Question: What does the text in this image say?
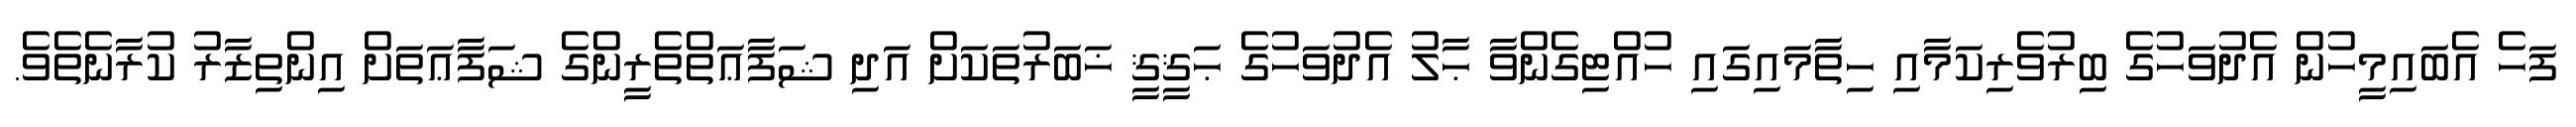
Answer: ފަހެ އެބައިމީހުން އެދުވަހުގެ ބިރުވެރިކަމާއި ހިތާމައިގައި ހުއްޓިގެންވާ ޙާލު އެދުވަހުގެ ޙަޤީޤީ ޚަބަރުތަކަށް އަދި ޝަފާޢަތްތެރީންގެ ޝަފާޢަތަށް އިންތިޒާރު ކުރާނެތެވެ.